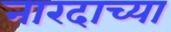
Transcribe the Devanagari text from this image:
नारदाच्या